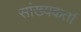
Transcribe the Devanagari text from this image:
सांख्यकर्ता